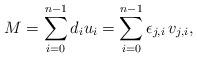
LaTeX: \begin{align*} M = \sum_{i=0}^{n-1} d_i u_i = \sum_{i=0}^{n-1} \epsilon_{j,i} \,v_{j,i},\end{align*}